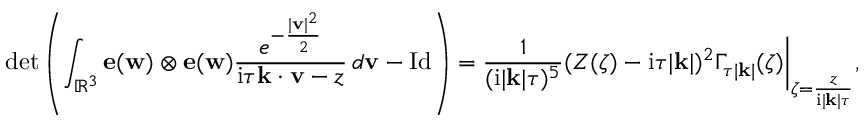
\operatorname* { d e t } \left( \int _ { \mathbb { R } ^ { 3 } } \mathbf { e } ( \mathbf { w } ) \otimes \mathbf { e } ( \mathbf { w } ) \frac { e ^ { - \frac { | \mathbf { v } | ^ { 2 } } { 2 } } } { \mathrm { i } \tau \mathbf { k } \cdot \mathbf { v } - z } \, d \mathbf { v } - \mathrm { I d } \right) = \frac { 1 } { ( \mathrm { i } | \mathbf { k } | \tau ) ^ { 5 } } ( Z ( \zeta ) - \mathrm { i } \tau | \mathbf { k } | ) ^ { 2 } \Gamma _ { \tau | \mathbf { k } | } ( \zeta ) \bigg | _ { \zeta = \frac { z } { \mathrm { i } | \mathbf { k } | \tau } } ,